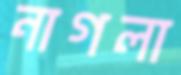
নাগলা